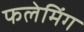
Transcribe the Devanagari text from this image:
फलेमिंग